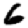
Digit: 6